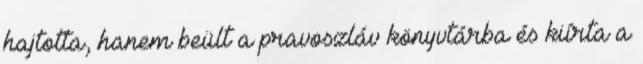
hajtotta, hanem beült a pravoszláv könyvtárba és kiírta a